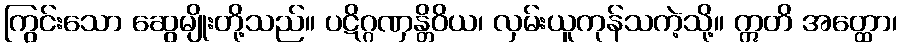
ကြွင်းသော ဆွေမျိုးတို့သည်။ ပဋိဂ္ဂဏှန္တိဝိယ၊ လှမ်းယူကုန်သကဲ့သို့။ ဣတိ အတ္ထော၊